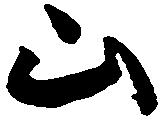
山